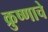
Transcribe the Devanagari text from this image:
क्रुष्णाचे